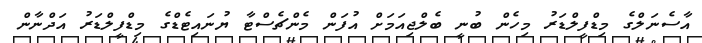
އާސެނަލްގެ މިޑްފީލްޑަރު މިހެން ބުނީ ބެލްޖިއަމަށް އުފަން މެންޗެސްޓާ ޔުނައިޓެޑްގެ މިޑްފީލްޑަރު އަދްނާން